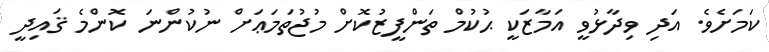
ކަމަށެވެ. އަދި ވިދާޅުވީ އަމާޒަކީ ޙުކުމް ތަންފީޒުކޮށް މުޖުތަމަޢަށް ނުކުންނަ ކޮންމެ ޤައިދީ